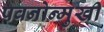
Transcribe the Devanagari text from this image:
पवनोन्मुखी